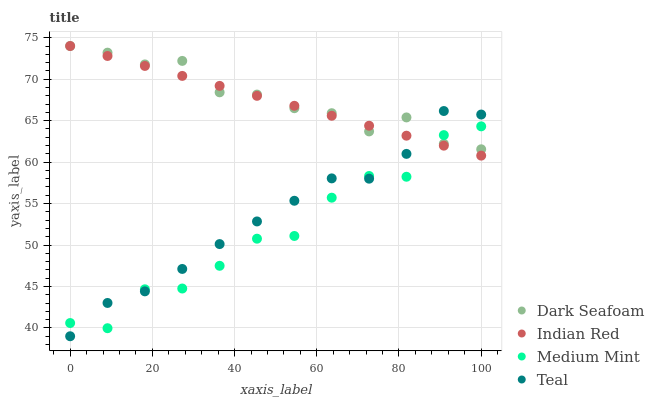
| xaxis_label | Dark Seafoam | Indian Red | Medium Mint | Teal |
 | --- | --- | --- | --- | --- |
 | 0 | 74 | 74 | 40.6 | 39 |
 | 9.09 | 73.2 | 72.8 | 40 | 43 |
 | 18.2 | 71.8 | 71.6 | 44.7 | 44.4 |
 | 27.3 | 72.2 | 70.4 | 44.8 | 47.1 |
 | 36.4 | 68.4 | 69.2 | 47.5 | 50.1 |
 | 45.5 | 68.1 | 68 | 50.8 | 52.8 |
 | 54.5 | 66.5 | 66.8 | 51.1 | 55.3 |
 | 63.6 | 65.9 | 65.6 | 55.7 | 58 |
 | 72.7 | 63.7 | 64.4 | 58.3 | 58 |
 | 81.8 | 65.4 | 63.2 | 58.2 | 61 |
 | 90.9 | 62.2 | 62 | 63.3 | 66.2 |
 | 100 | 61.5 | 60.8 | 64.3 | 65.7 |